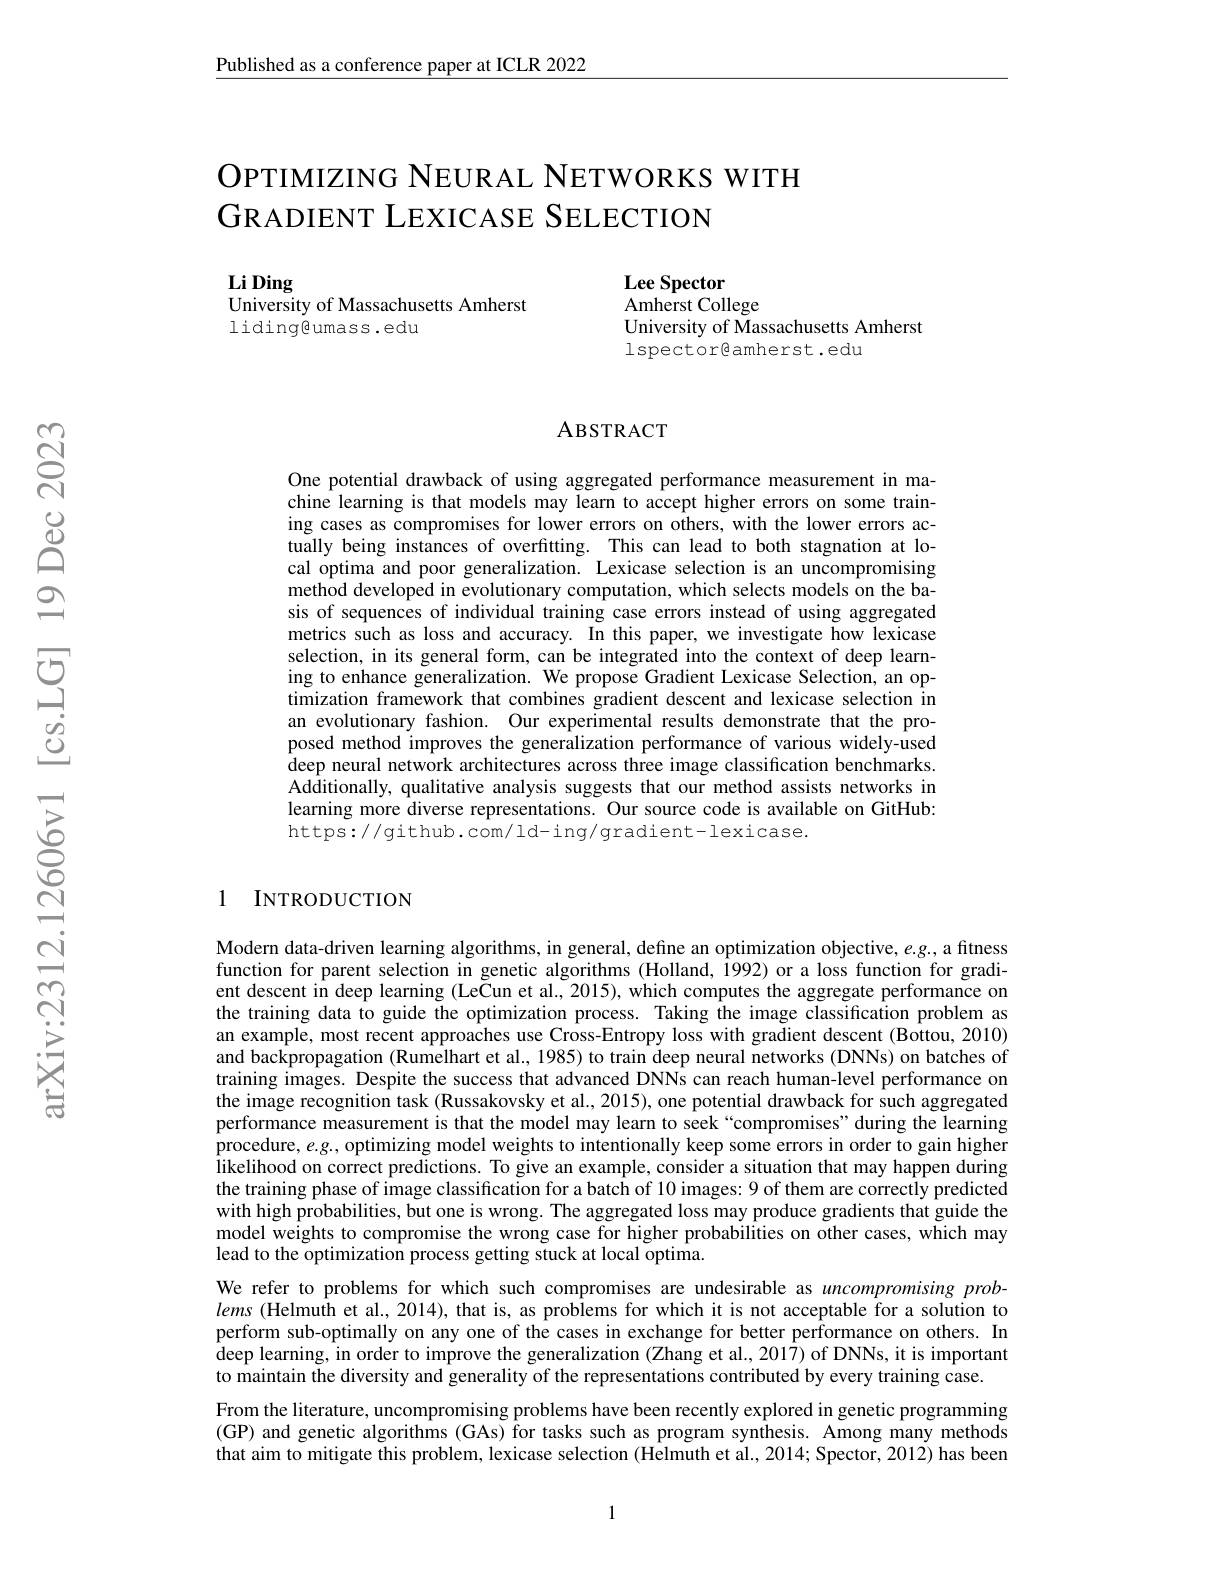
Published as a conference paper at ICLR 2022

## OPTIMIZING NEURAL NETWORKS WITH GRADIENT LEXICASE SELECTION

Li Ding
University of Massachusetts Amherst

liding@umass.edu

Lee Spector
Amherst College
University of Massachusetts Amherst
l spector@ amherst . edu

### ABSTRACT

One potential drawback of using aggregated performance measurement in machine learning is that models may learn to accept higher errors on some training cases as compromises for lower errors on others, with the lower errors actually being instances of overfitting. This can lead to both stagnation at local optima and poor generalization. Lexicase selection is an uncompromising method developed in evolutionary computation, which selects models on the basis of sequences of individual training case errors instead of using aggregated metrics such as loss and accuracy. In this paper, we investigate how lexicase selection, in its general form, can be integrated into the context of deep learning to enhance generalization. We propose Gradient Lexicase Selection, an optimization framework that combines gradient descent and lexicase selection in an evolutionary fashion. Our experimental results demonstrate that the proposed method improves the generalization performance of various widely-used deep neural network architectures across three image classification benchmarks. Additionally, qualitative analysis suggests that our method assists networks in learning more diverse representations. Our source code is available on GitHub: https://github.com/ld-ing/gradient-lexicase.

1 INTRODUCTION

Modern data-driven learning algorithms, in general, define an optimization objective, $e.g.$, a fitness function for parent selection in genetic algorithms (Holland, 1992) or a loss function for gradient descent in deep learning (LeCun et al., 2015), which computes the aggregate performance on the training data to guide the optimization process. Taking the image classification problem as an example, most recent approaches use Cross-Entropy loss with gradient descent (Bottou, 2010) and backpropagation (Rumelhart et al., 1985) to train deep neural networks (DNNs) on batches of training images. Despite the success that advanced DNNs can reach human-level performance on the image recognition task (Russakovsky et al., 2015), one potential drawback for such aggregated performance measurement is that the model may learn to seek“compromises” during the learning procedure, $e.g.$, optimizing model weights to intentionally keep some errors in order to gain higher likelihood on correct predictions. To give an example, consider a situation that may happen during the training phase of image classification for a batch of 10 images: 9 of them are correctly predicted with high probabilities, but one is wrong. The aggregated loss may produce gradients that guide the model weights to compromise the wrong case for higher probabilities on other cases, which may lead to the optimization process getting stuck at local optima.
We refer to problems for which such compromises are undesirable as uncompromising problems (Helmuth et al., 2014), that is, as problems for which it is not acceptable for a solution to perform sub-optimally on any one of the cases in exchange for better performance on others. In deep learning, in order to improve the generalization (Zhang et al., 2017) of DNNs, it is important to maintain the diversity and generality of the representations contributed by every training case.
From the literature, uncompromising problems have been recently explored in genetic programming (GP) and genetic algorithms (GAs) for tasks such as program synthesis. Among many methods that aim to mitigate this problem, lexicase selection (Helmuth et al., 2014; Spector, 2012) has been

1